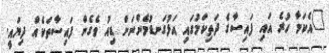
"އެކަމާ ހުރެ އައި ފައިސާގެ ދަތިކަމުގައި އަޅުގަނޑުމެންނަށް ޑިއު ވެގެން ފައިސާތަކެއް ދިޔައީ.